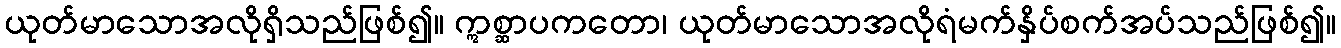
ယုတ်မာသောအလိုရှိသည်ဖြစ်၍။ ဣစ္ဆာပကတော၊ ယုတ်မာသောအလိုရံမက်နှိပ်စက်အပ်သည်ဖြစ်၍။